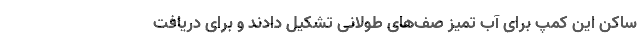
ساکن این کمپ برای آب تمیز صف‌های طولانی تشکیل دادند و برای دریافت